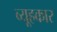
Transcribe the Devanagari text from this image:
व्यूहकार